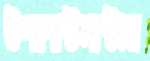
উপপোস্টমাস্টার